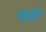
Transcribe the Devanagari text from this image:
शह्रर